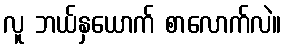
လူ ဘယ်နှယောက် စာလောက်လဲ။